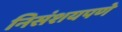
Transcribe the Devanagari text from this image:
निसंशयपणे